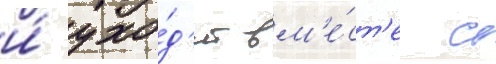
и́ ухо́д'ит вм'е́ст'е с